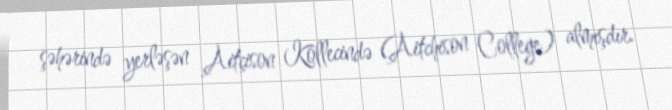
şəhərində yerləşən Aitçison Kollecində (Aitchison College) almışdır.